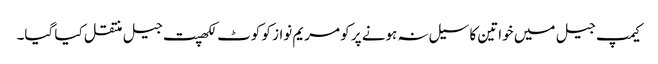
کیمپ جیل میں خواتین کا سیل نہ ہونے پر کو مریم نواز کو کوٹ لکھپت جیل منتقل کیا گیا۔